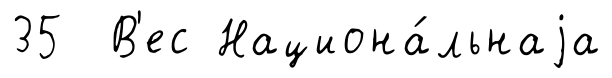
35 В'ес Национа́льнаjа